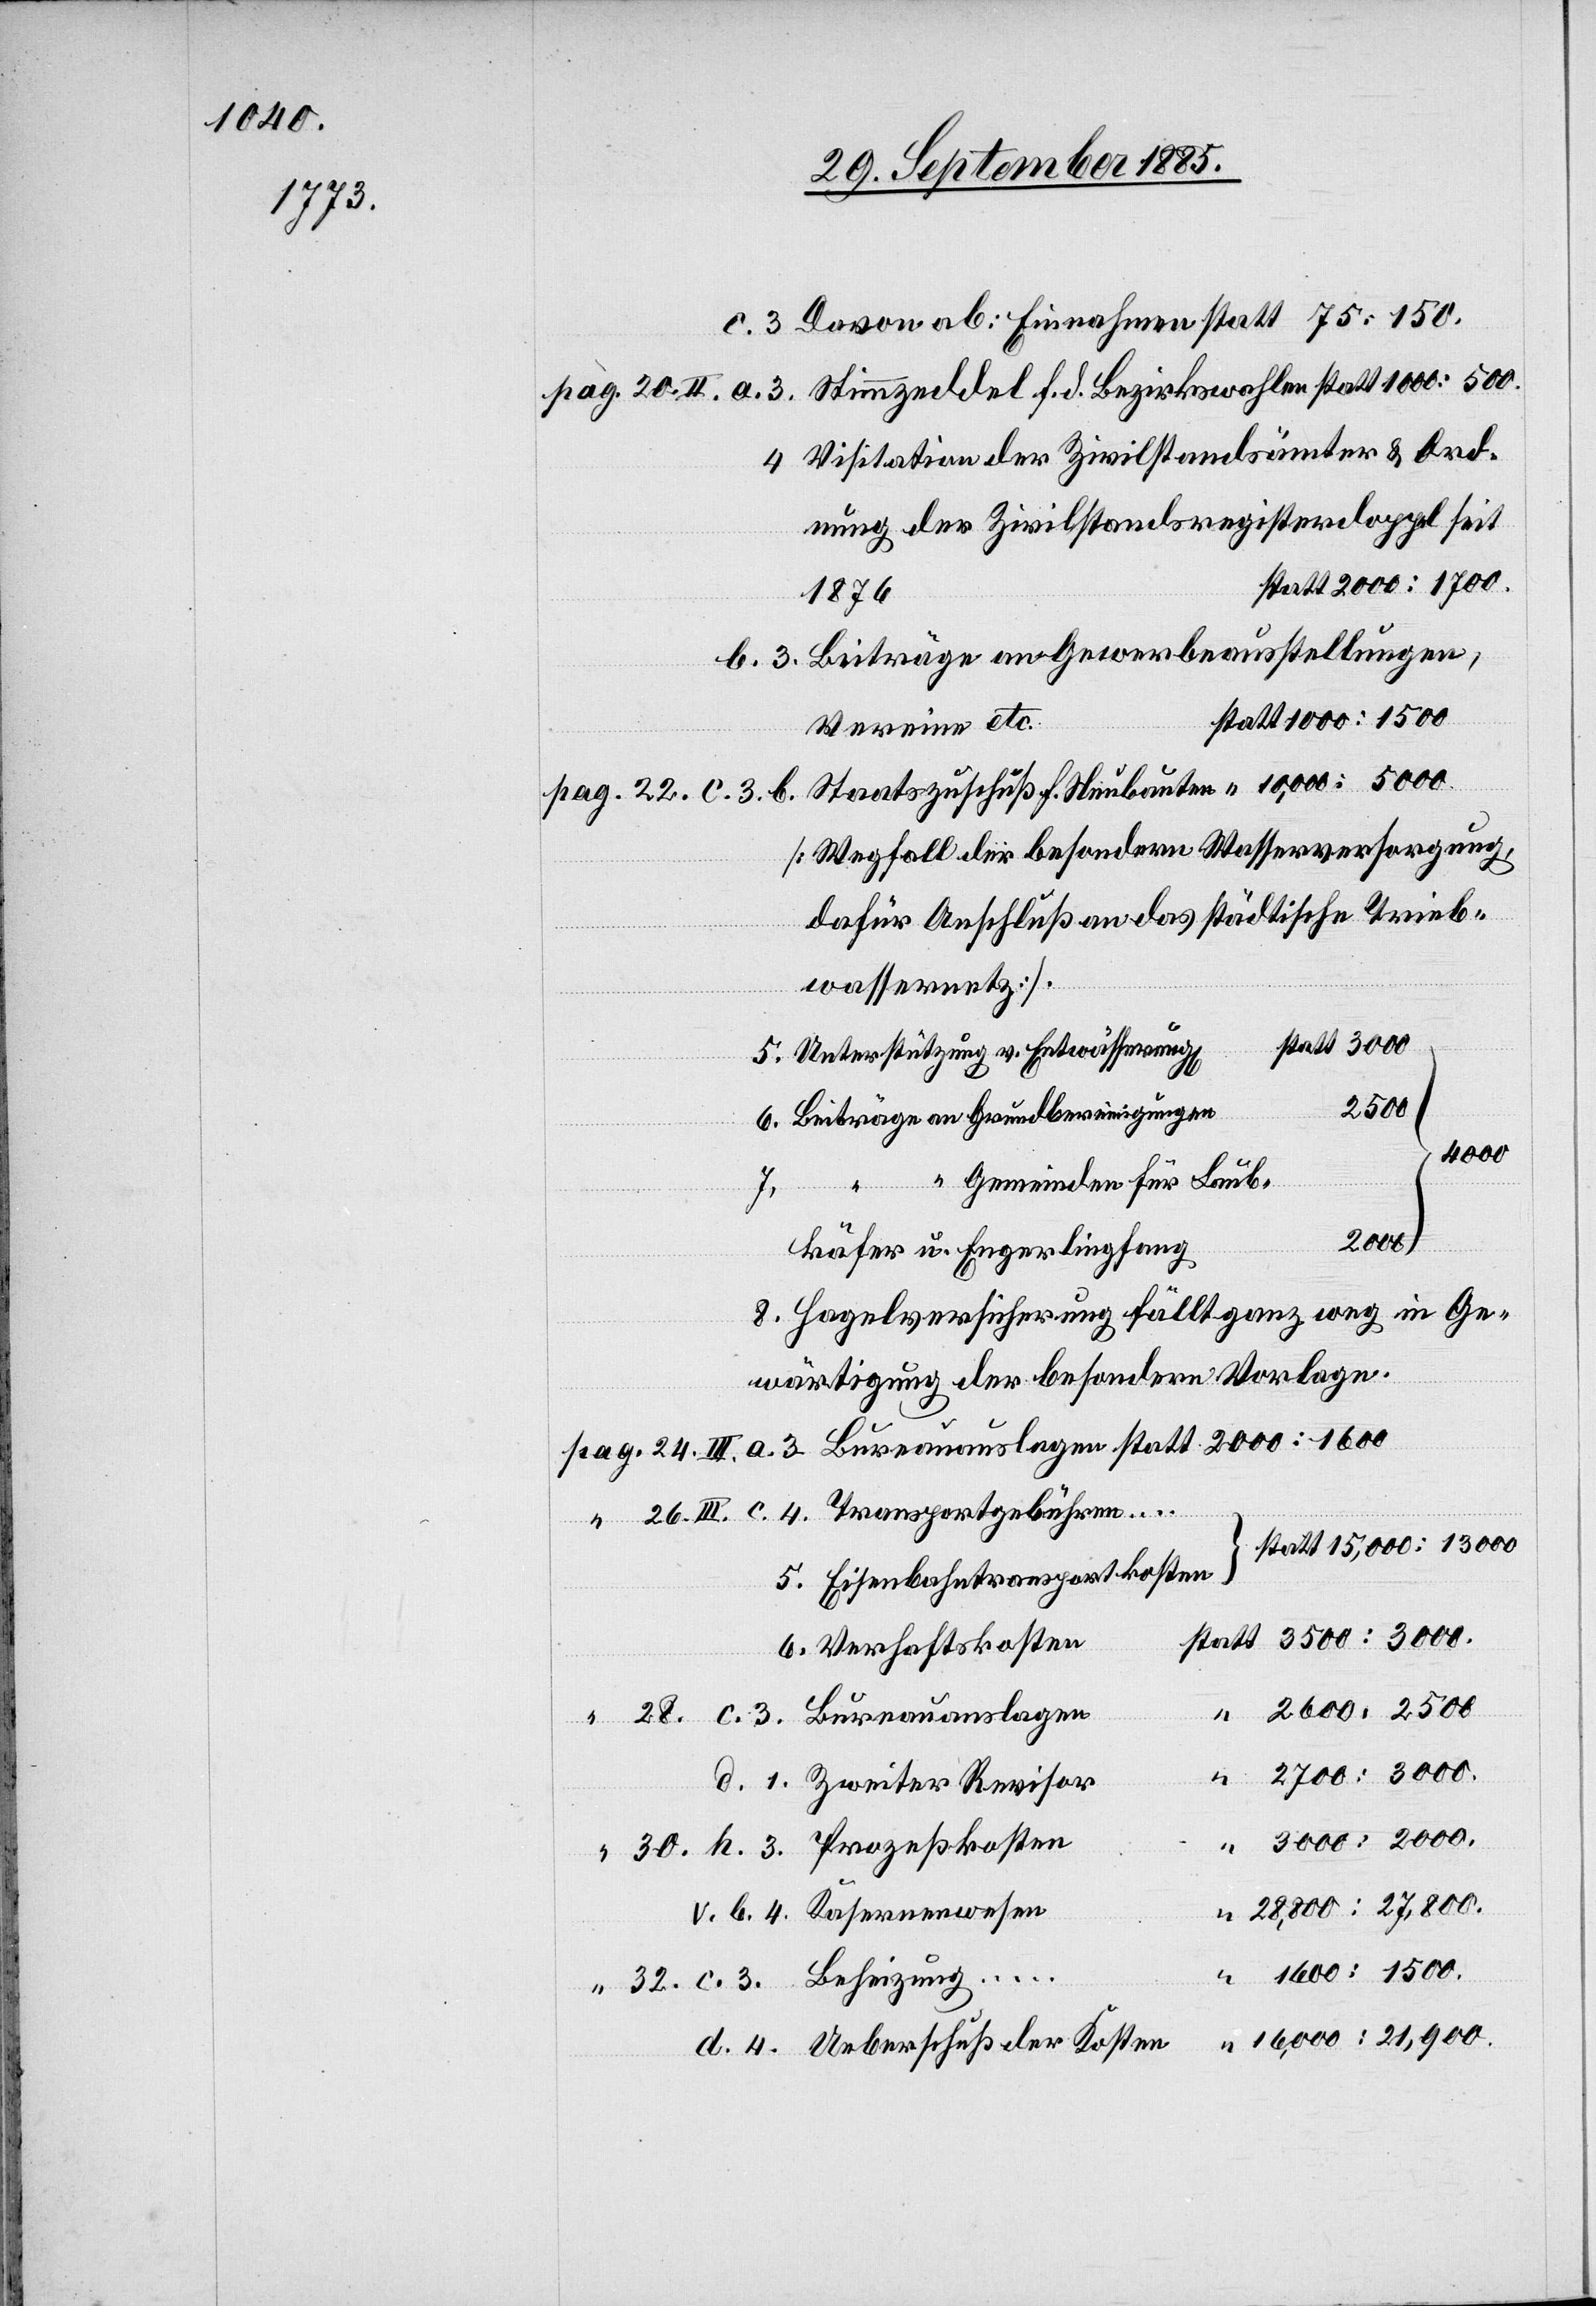
4. Visitation der Zivilstandsämter & Ord-
nung der Zivilstandsregisterdoppel seit
1876
b. 3. Beiträge an Gewerbeausstellungen,
Vereine etc.
[Wegfall der besondern Wasserversorgung,
dafür Anschluß an das städtische Trieb¬
wassernetz].
Unterstützung v. Entwässerung[en]
2000
Kasernenwesen
4.
der
käfer u. Engerlingfang
8. Hagelversicherung fällt ganz weg in Ge¬
wärtigung der besondern Vorlage
5. Eisenbahntransportkosten
6. Verhaftskosten
III. a. 3. Bureauauslagen
28,800:27,800.
“